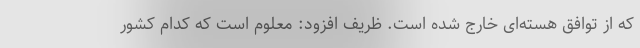
که از توافق هسته‌ای خارج شده است. ظریف افزود: معلوم است که کدام کشور